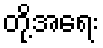
တို့အရေး